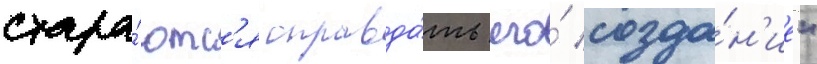
стара́ютс'я оправда́ть его́ созда́н'ие"